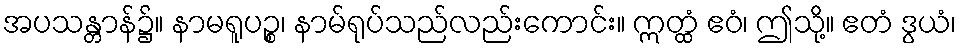
အပသန္တာန်၌။ နာမရူပဉ္စ၊ နာမ်ရုပ်သည်လည်းကောင်း။ ဣတ္ထံ ဧဝံ၊ ဤသို့။ ဧတံ ဒွယံ၊